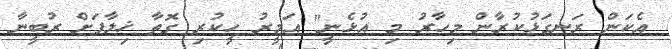
އެކަން ރަނގަޅުކުރާން މިހާރު މި އުޅެނީ" އަމީރު ހީކުރި ގޮތާ ޚިލާފަށް ރުބީނާ